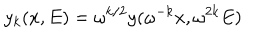
LaTeX: y _ { k } ( x , E ) = \omega ^ { k / 2 } y ( \omega ^ { - k } x , \omega ^ { 2 k } E )